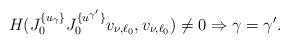
LaTeX: \begin{align*}H(J^{\{u_\gamma\}}_{0}J^{\{u^{\gamma'}\}}_{0}v_{\nu,\ell_0},v_{\nu,\ell_0})\ne0\Rightarrow \gamma=\gamma'.\end{align*}